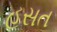
હસત